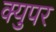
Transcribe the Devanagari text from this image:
क्युपर